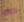
هذه